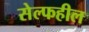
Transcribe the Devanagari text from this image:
सेल्फहील